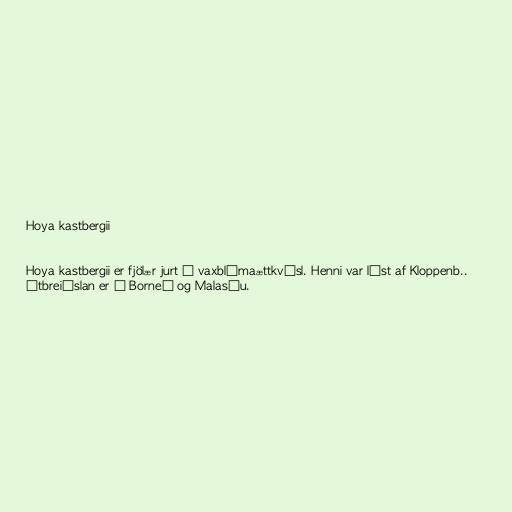
Hoya kastbergii

Hoya kastbergii er fjölær jurt í vaxblómaættkvísl. Henni var lýst af Kloppenb..
Útbreiðslan er í Borneó og Malasíu.